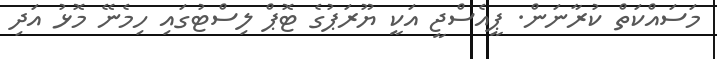
މަސައްކަތް ކުރާނަން. ޕީއެސްޖީ އަކީ ޔޫރަޕުގެ ޓޮޕް ލިސްޓުގައި ހިމެނޭ މޮޅު އަދި